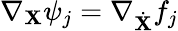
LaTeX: \nabla_{\mathbf X}\psi_{j}=\nabla_{\dot{\mathbf X}}f_{j}